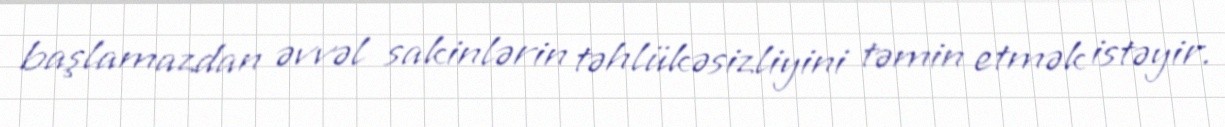
başlamazdan əvvəl sakinlərin təhlükəsizliyini təmin etmək istəyir.